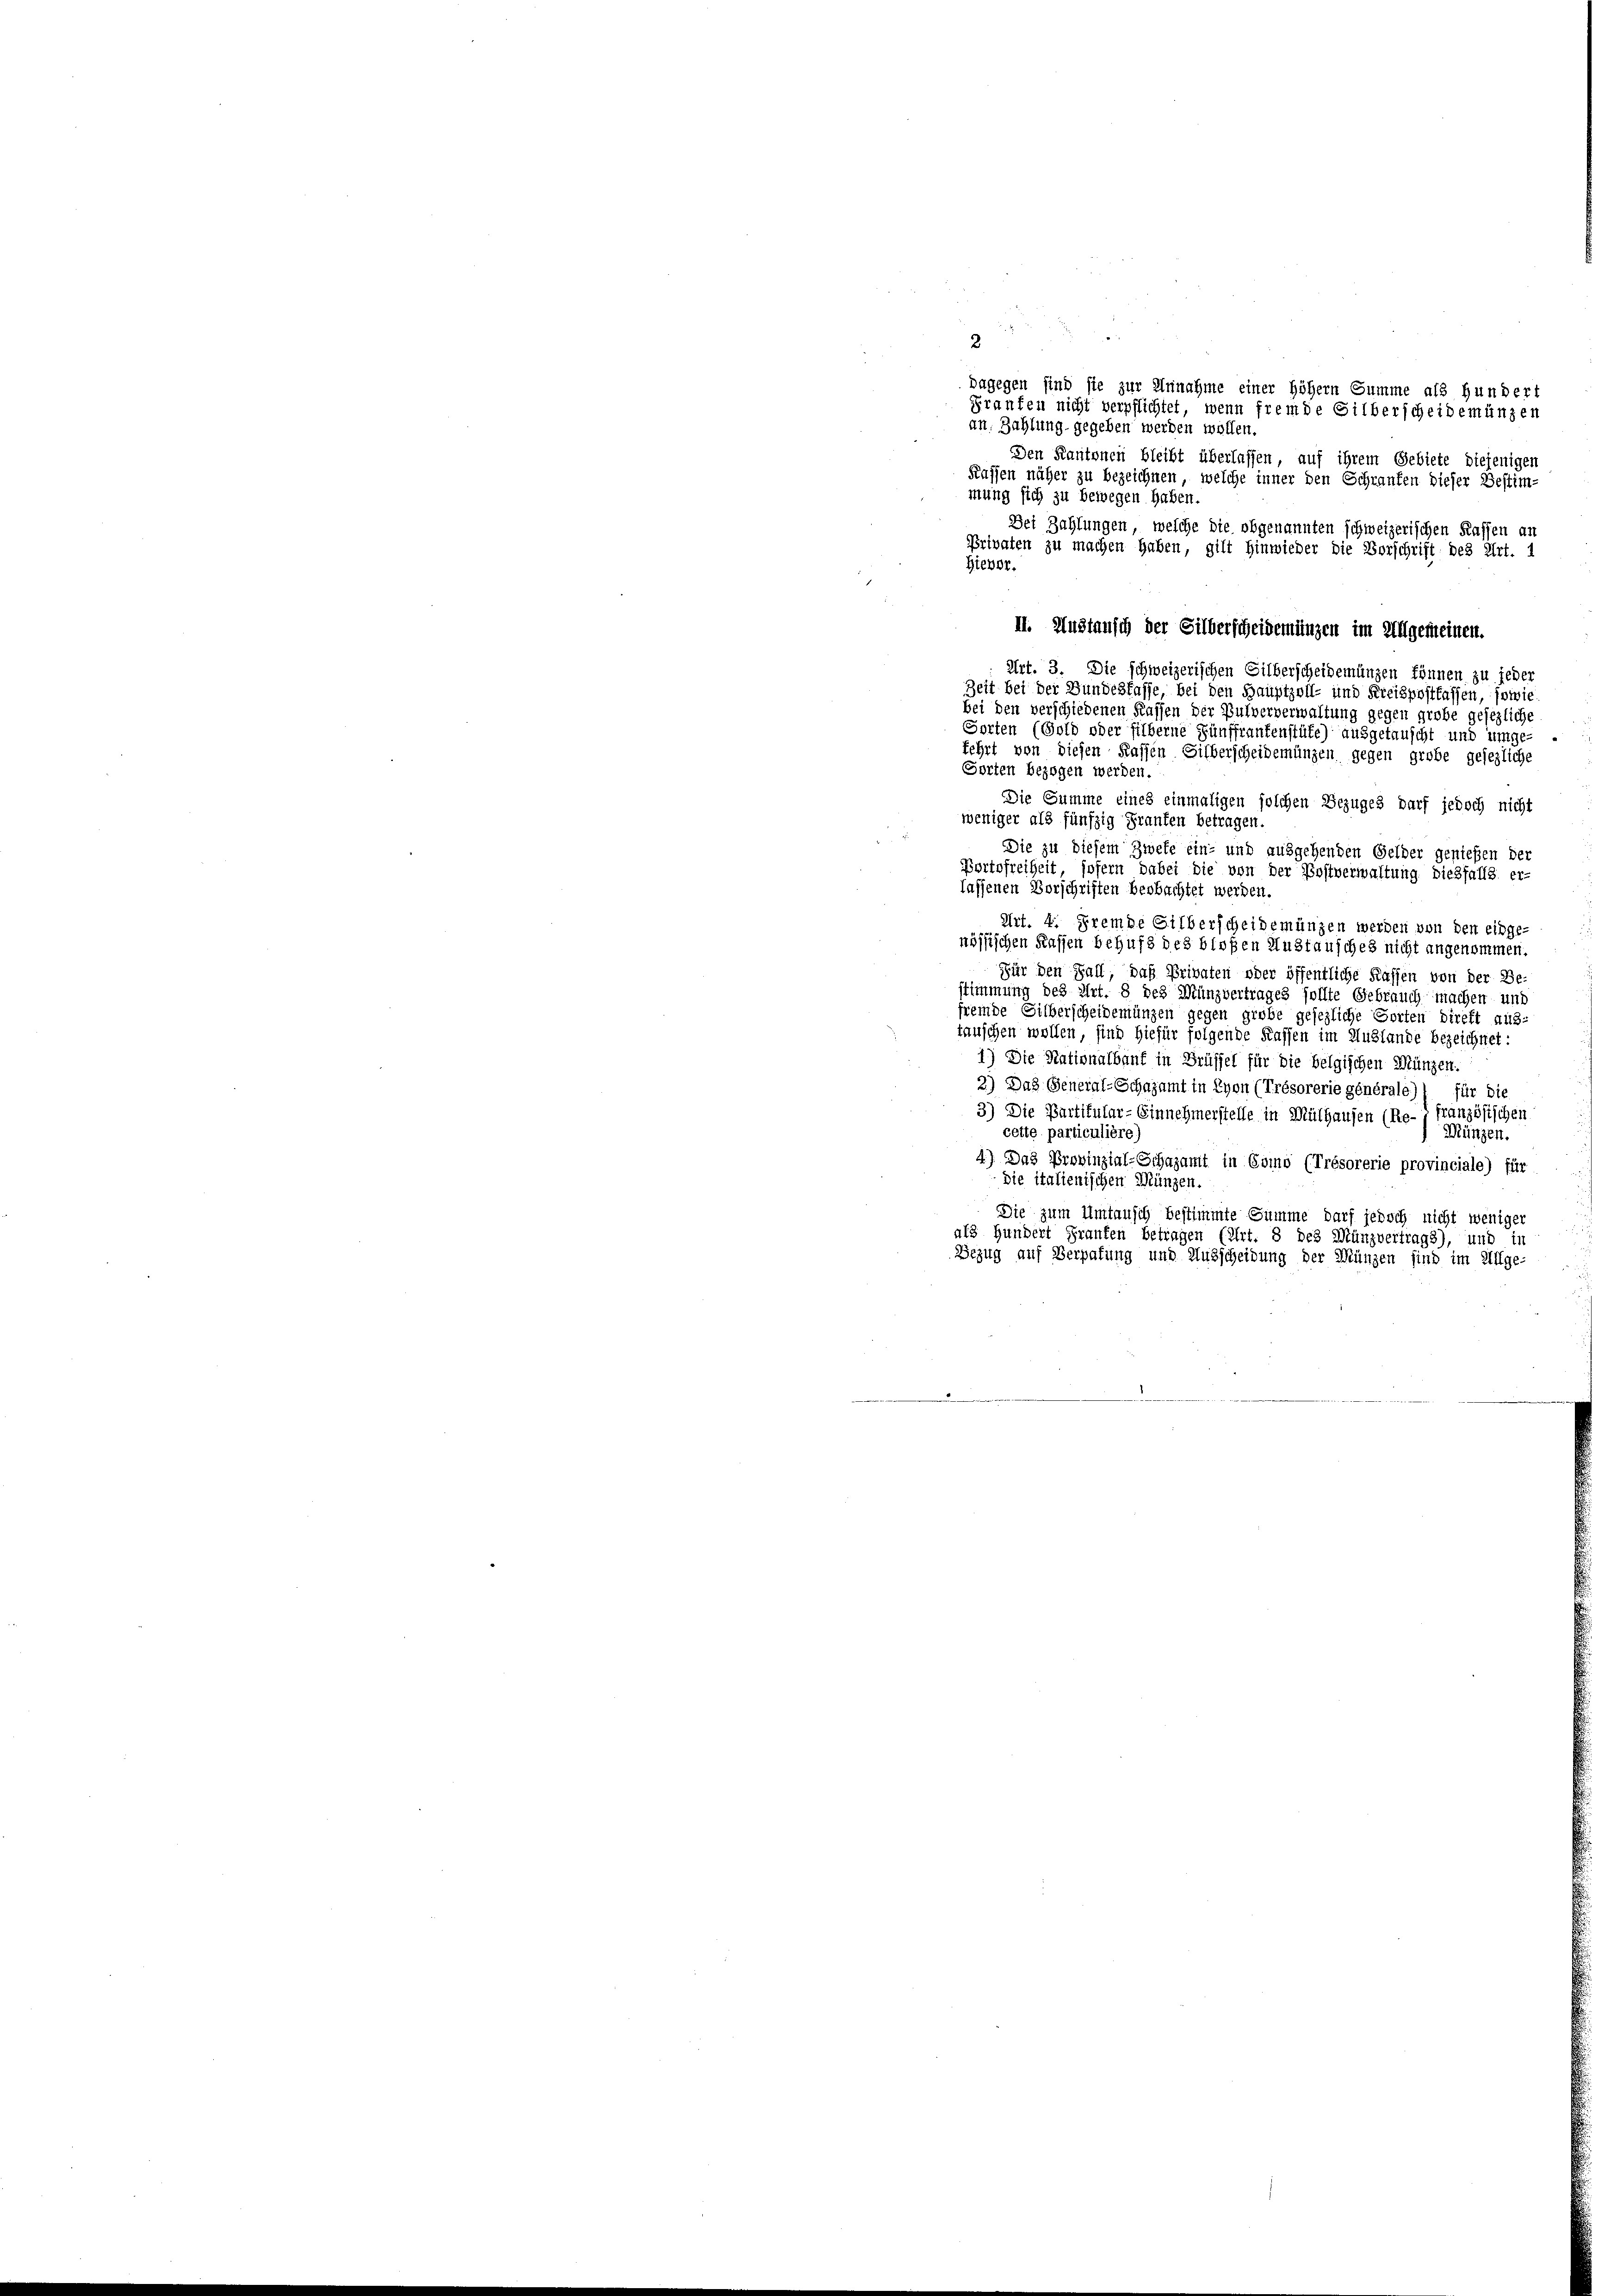
2
dagegen sind sie zur Annahme einer höhern Summe als Hundert
Graufen nicht verpflichtet, wenn fremde Silberscheidemünzen
an Zahlung gegeben werden wollen.
Den Kantonen bleibt überlassen, auf ihrem Gebiete diejenigen
Kassen näher zu bezeichnen, welche inner den Schraufen dieser Bestim-
mung sich zu bewegen haben.
Dei Zahlungen, welche die obgenannten schweizerischen Kassen an
Privaten zu machen haben, gilt hinwieder die Vorschrift des Art. 1
II. Austausch der Silberscheidemungen im Allgemeinen.
Art. 3. Die schweizerischen Silberscheidemünzen können zu jeder
Zeit bei der Bundesfasse, bei den Hauptzoll- und Kreispostkassen, sowie
bei den verschiedenen Kassen der Pulververwaltung gegen grobe gesezliche
Sorten (Gold oder silberne Fünffrankenstüfe) ausgetauscht und umge-
fehrt von diesen Kassen Silberscheidemünzen gegen grobe gesezliche
Sorten bezogen werden.
Die Summe eines einmaligen solchen Bezuges darf jedoch nicht
weniger als fünfzig Franken betragen.
Die zu diesem Zweke ein- und ausgehenden Gelder genießen der
Portofreiheit sofern dabei die von der Postverwaltung diesfalls er-
lassenen Vorschriften beobachtet werden.
Art. 4. Fremde Silberscheidemünzen werden von den einge-
nössischen Kassen behufs des bloßen Austausches nicht angenommen.
Für den Fall, daß Privaten oder öffentliche Kassen von der Be-
stimmung des Art. 8 des Münzvertrages sollte Gebrauch machen und
fremde Silberscheidemünzen gegen grobe gesezliche Sorten direft aus:
täuschen wollen, sind hiefür folgende Kassen im Auslande bezeichnet:
1) Die Nationalbauf in Brüssel für die belgischen Münzen.
2) Das General-Schazamt in Lyon (Trésorerie générale) 1 für die
3) Die Partikular-Einnehmerstelle in Mülhausen (Re-j französischen
cette particulière)
Münzen.
4) Das Provinzial-Schazamt in Como (Trésorerie provinciale) für
die italienischen Münzen.
Die zum Umtausch bestimmte Summe darf jedoch nicht weniger
als Hundert Franken betragen (Art. 8 des Münzvertrags), und in
Bezug auf Verpatung und Ausscheidung der Münzen sind im Allge-

Hievor.